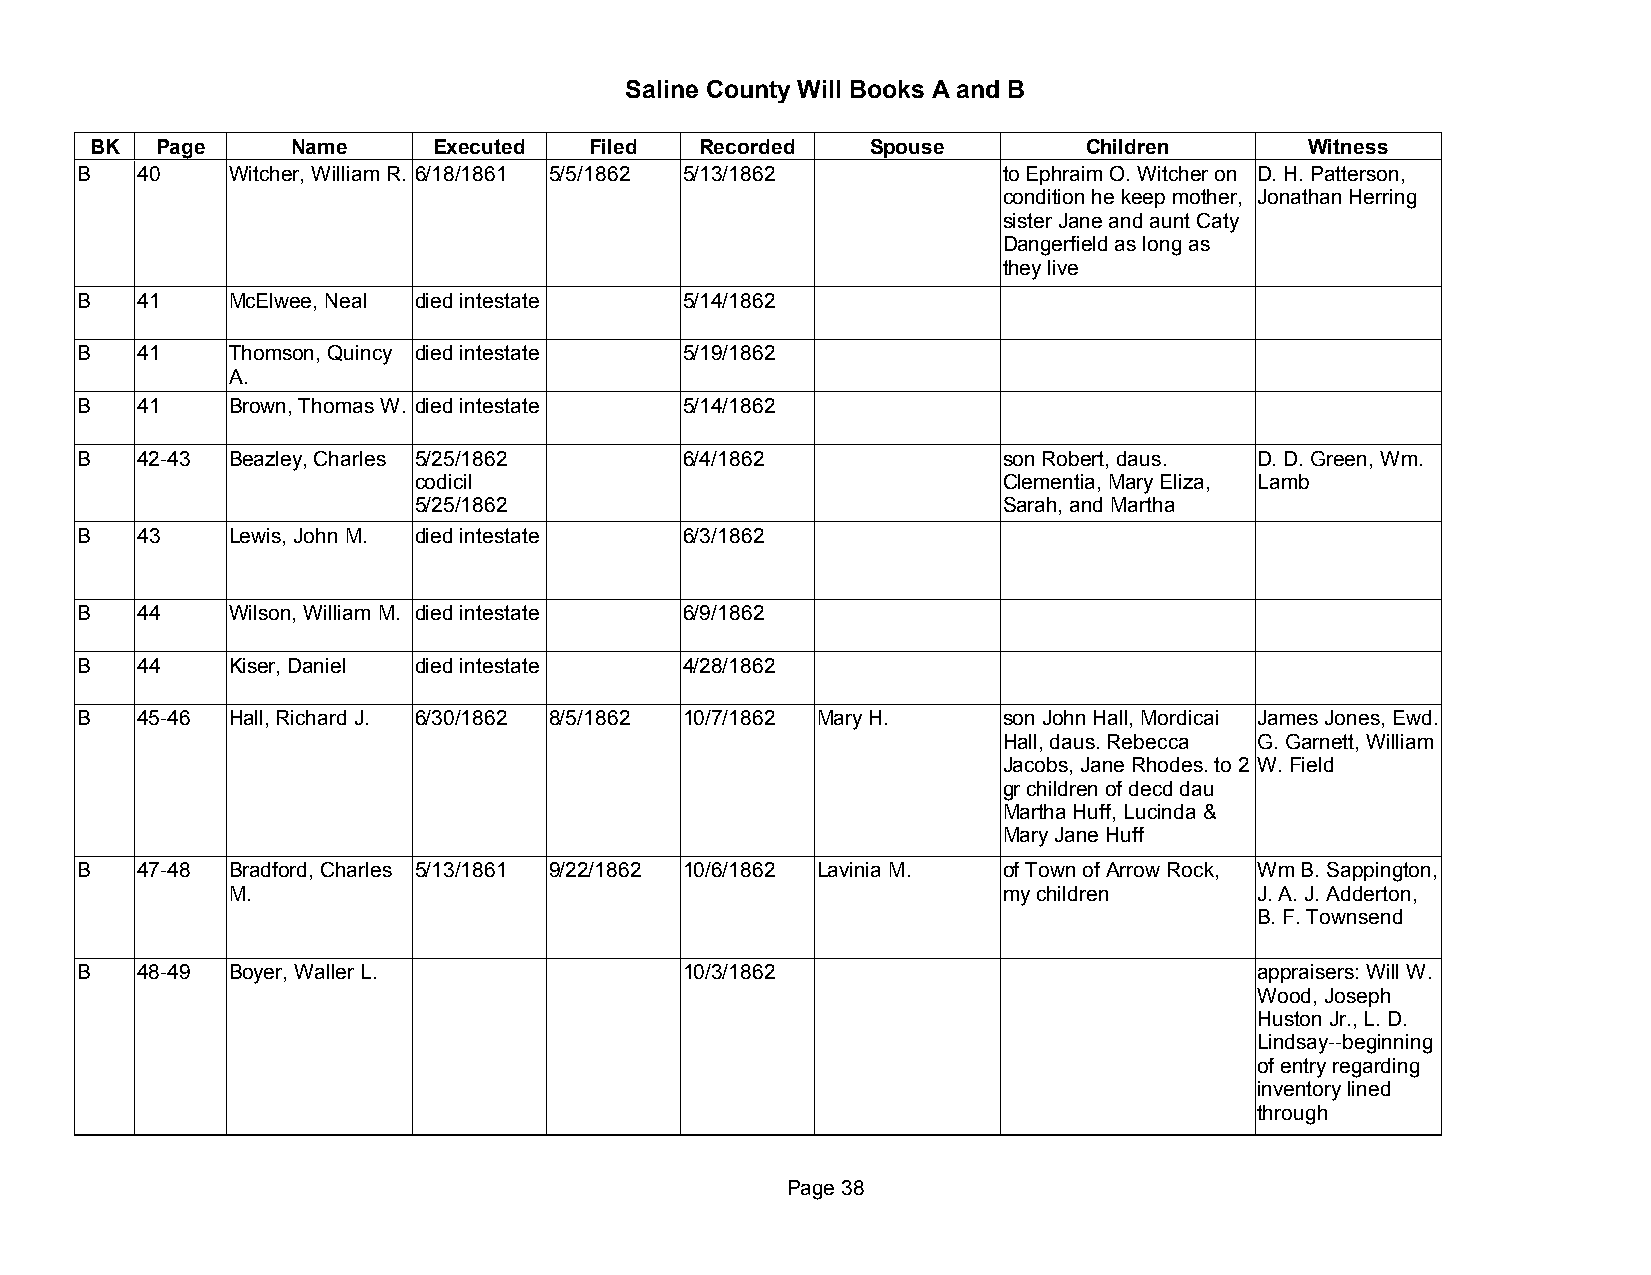
Saline County Will Books A and B
 BK  Page     Name      Executed  Filed  Recorded    Spouse        Children       Witness
 B   40    Witcher, William R. 6/18/1861 5/5/1862 5/13/1862   to Ephraim O. Witcher on D. H. Patterson,
 condition he keep mother, Jonathan Herring
 sister Jane and aunt Caty
 Dangerfield as long as
 they live
 B   41    McElwee, Neal died intestate  5/14/1862
 B   41    Thomson, Quincy died intestate 5/19/1862
 A.
 B   41    Brown, Thomas W. died intestate 5/14/1862
 B   42-43 Beazley, Charles 5/25/1862    6/4/1862             son Robert, daus. D. D. Green, Wm.
 codicil                                Clementia, Mary Eliza, Lamb
 5/25/1862                              Sarah, and Martha
 B   43    Lewis, John M. died intestate 6/3/1862
 B   44    Wilson, William M. died intestate 6/9/1862
 B   44    Kiser, Daniel died intestate  4/28/1862
 B   45-46 Hall, Richard J. 6/30/1862 8/5/1862 10/7/1862 Mary H. son John Hall, Mordicai James Jones, Ewd.
 Hall, daus. Rebecca G. Garnett, William
 Jacobs, Jane Rhodes. to 2 W. Field
 gr children of decd dau
 Martha Huff, Lucinda &
 Mary Jane Huff
 B   47-48 Bradford, Charles 5/13/1861 9/22/1862 10/6/1862 Lavinia M. of Town of Arrow Rock, Wm B. Sappington,
 M.                                                 my children      J. A. J. Adderton,
 B. F. Townsend
 B   48-49 Boyer, Waller L.              10/3/1862                             appraisers: Will W.
 Wood, Joseph
 Huston Jr., L. D.
 Lindsay--beginning
 of entry regarding
 inventory lined
 through
 Page 38